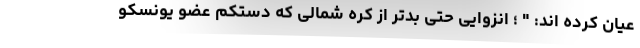
عیان کرده اند: " ؛ انزوایی حتی بدتر از کره شمالی که دستکم عضو یونسکو